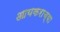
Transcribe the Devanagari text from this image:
आयकराच्या